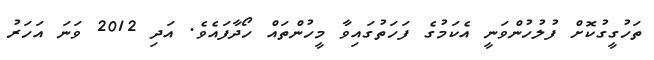
ތަހުގީގުކޮށް ފުލުހުންވަނީ އެކަމުގެ ފަހަތުގައިވާ މީހުންތައް ހޯދާފައެވެ. އަދި 2012 ވަނަ އަހަރު